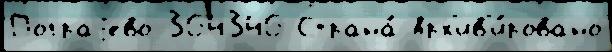
Пограjево 364346 Страна́ Арх'ив'и́ровано